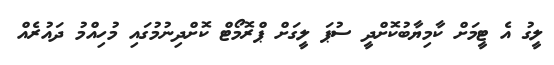
ލީގު އެ ޓީމަށް ކާމިޔާބުކޮށްދީ ސުޕަ ލީގަށް ޕްރޮމޯޓް ކޮށްދިނުމުގައި މުހިއްމު ދައުރެއް